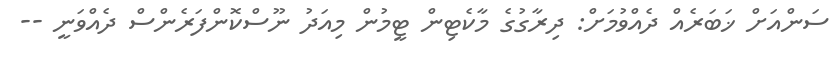
ސަންއަށް ޚަބަރެއް ދެއްވުމަށް: ދިރާގުގެ މާކެޓިން ޓީމުން މިއަދު ނޫސްކޮންފަރެންސް ދެއްވަނީ --